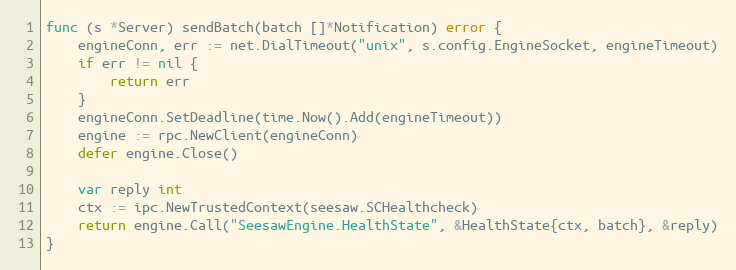
Language: Go
func (s *Server) sendBatch(batch []*Notification) error {
	engineConn, err := net.DialTimeout("unix", s.config.EngineSocket, engineTimeout)
	if err != nil {
		return err
	}
	engineConn.SetDeadline(time.Now().Add(engineTimeout))
	engine := rpc.NewClient(engineConn)
	defer engine.Close()

	var reply int
	ctx := ipc.NewTrustedContext(seesaw.SCHealthcheck)
	return engine.Call("SeesawEngine.HealthState", &HealthState{ctx, batch}, &reply)
}